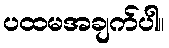
ပထမအချက်ပါ။